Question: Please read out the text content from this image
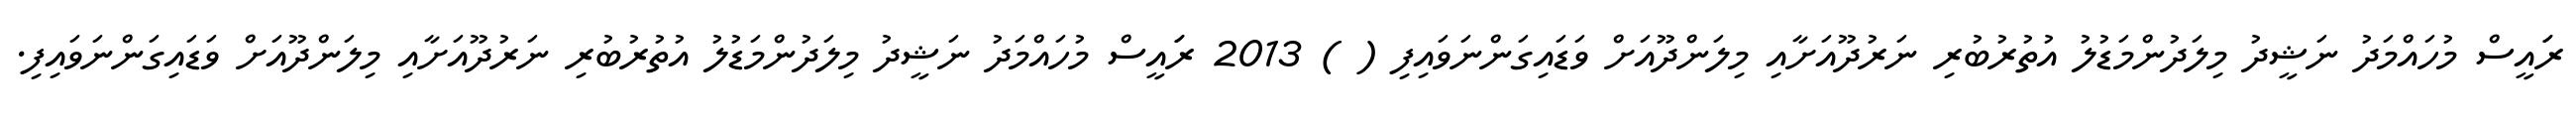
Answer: ރަައީސް މުހައްމަދު ނަޝީދު މިލަދުންމަޑުލު އުތުރުބުރި ނަރުދޫއަށާއި މިލަންދޫއަށް ވަޑައިގަންނަވައިފި ( ) 2013 ރަައީސް މުހައްމަދު ނަޝީދު މިލަދުންމަޑުލު އުތުރުބުރި ނަރުދޫއަށާއި މިލަންދޫއަށް ވަޑައިގަންނަވައިފި.